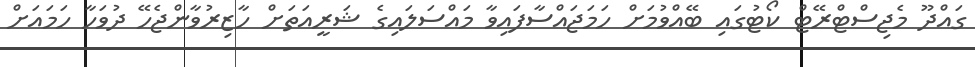
ގައްދޫ މެޖިސްޓްރޭޓް ކޯޓުގައި ބޭއްވުމަށް ހަމަޖައްސާފައިވާ މައްސަލައިގެ ޝަރީއަތަށް ހާޒިރުވާންޖެހޭ ދުވަހާ ހަމައަށް